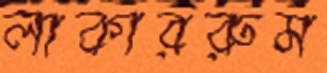
লাকাররুম